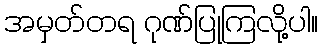
အမှတ်တရ ဂုဏ်ပြုကြလို့ပါ။